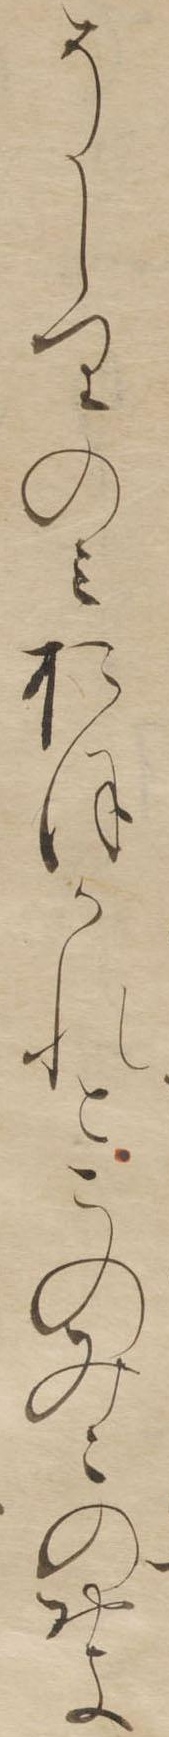
そしりのみおほかれとこのみこのをよ